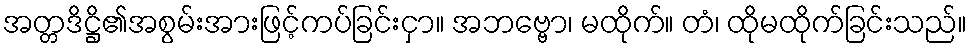
အတ္တဒိဋ္ဌိ၏အစွမ်းအားဖြင့်ကပ်ခြင်းငှာ။ အဘဗ္ဗော၊ မထိုက်။ တံ၊ ထိုမထိုက်ခြင်းသည်။